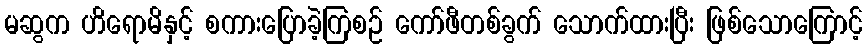
မဆွက ဟိရောမိနှင့် စကားပြောခဲ့ကြစဉ် ကော်ဖီတစ်ခွက် သောက်ထားပြီး ဖြစ်သောကြောင့်